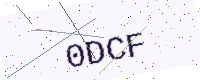
Text: 0DCF